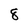
Character: 8